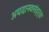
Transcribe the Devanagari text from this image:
अघदानवसंहर्ता